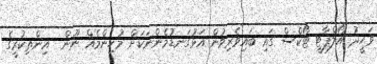
ވަހީދު އޯލްޕާޓީ ޓޯކްސް ގައި ބައިވެރިވުން އަޅުގަނޑުމެންނަކަށް މުހިންމެއް ނޫން  އިންތިކުރީގެ